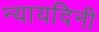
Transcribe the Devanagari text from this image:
न्यायदिनी